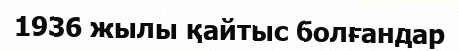
1936 жылы қайтыс болғандар